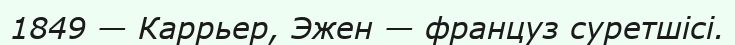
1849 — Каррьер, Эжен — француз суретшісі.